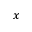
x